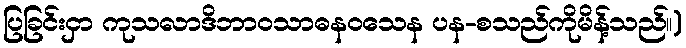
ပြခြင်းငှာ ကုသလာဒိဘာဝသာဓနဝသေန ပန-စသည်ကိုမိန့်သည်။)